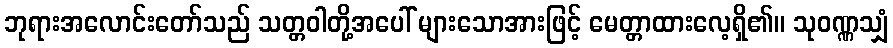
ဘုရားအလောင်းတော်သည် သတ္တဝါတို့အပေါ် များသောအားဖြင့် မေတ္တာထားလေ့ရှိ၏။ သုဝဏ္ဏသျှံ